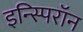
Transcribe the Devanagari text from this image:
इन्स्पिरॉन